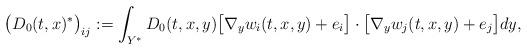
LaTeX: \begin{align*}\big(D_0(t,x)^{\ast}\big)_{ij} := \int_{Y^{\ast}} D_0(t,x,y) \big[\nabla_y w_i(t,x,y) + e_i \big]\cdot \big[ \nabla_y w_j(t,x,y) + e_j\big] dy,\end{align*}